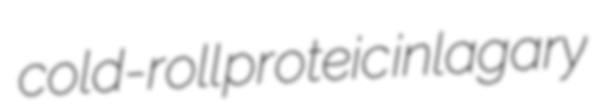
cold-roll proteic inlagary